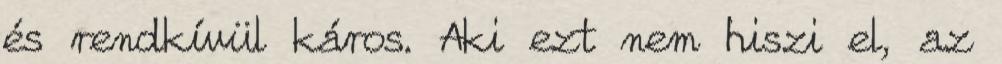
és rendkívül káros. Aki ezt nem hiszi el, az